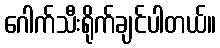
ဂေါက်သီးရိုက်ချင်ပါတယ်။